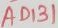
Text: AD131